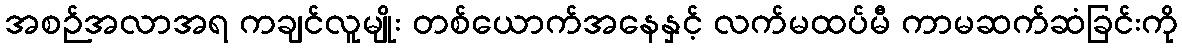
အစဉ်အလာအရ ကချင်လူမျိုး တစ်ယောက်အနေနှင့် လက်မထပ်မီ ကာမဆက်ဆံခြင်းကို